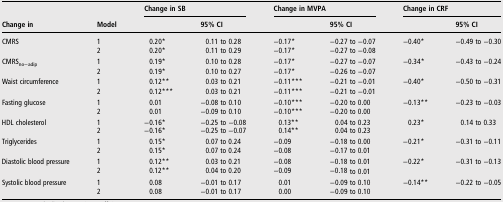
<table><thead><tr><td></td><td></td><td colspan="2"><b>Change in SB</b></td><td colspan="2"><b>Change in MVPA</b></td><td colspan="2"><b>Change in CRF</b></td></tr><tr><td><b>Change in</b></td><td><b>Model</b></td><td></td><td><b>95% CI</b></td><td></td><td><b>95% CI</b></td><td></td><td><b>95% CI</b></td></tr></thead><tbody><tr><td rowspan="2">CMRS</td><td>1</td><td>0.20*</td><td>0.11 to 0.28</td><td>−0.17*</td><td>−0.27 to −0.07</td><td>−0.40*</td><td>−0.49 to −0.30</td></tr><tr><td>2</td><td>0.20*</td><td>0.11 to 0.29</td><td>−0.17*</td><td>−0.27 to −0.08</td><td></td><td></td></tr><tr><td rowspan="2">CMRS<sub>no−adip</sub></td><td>1</td><td>0.19*</td><td>0.10 to 0.28</td><td>−0.17*</td><td>−0.27 to −0.07</td><td>−0.34*</td><td>−0.43 to −0.24</td></tr><tr><td>2</td><td>0.19*</td><td>0.10 to 0.27</td><td>−0.17*</td><td>−0.26 to −0.07</td><td></td><td></td></tr><tr><td rowspan="2">Waist circumference</td><td>1</td><td>0.12**</td><td>0.03 to 0.21</td><td>−0.11***</td><td>−0.21 to −0.01</td><td>−0.40*</td><td>−0.50 to −0.31</td></tr><tr><td>2</td><td>0.12***</td><td>0.03 to 0.21</td><td>−0.11***</td><td>−0.21 to −0.01</td><td></td><td></td></tr><tr><td rowspan="2">Fasting glucose</td><td>1</td><td>0.01</td><td>−0.08 to 0.10</td><td>−0.10***</td><td>−0.20 to 0.00</td><td>−0.13**</td><td>−0.23 to −0.03</td></tr><tr><td>2</td><td>0.01</td><td>−0.09 to 0.10</td><td>−0.10***</td><td>−0.20 to 0.00</td><td></td><td></td></tr><tr><td rowspan="2">HDL cholesterol</td><td>1</td><td>−0.16*</td><td>−0.25 to −0.08</td><td>0.13**</td><td>0.04 to 0.23</td><td>0.23*</td><td>0.14 to 0.33</td></tr><tr><td>2</td><td>−0.16*</td><td>−0.25 to −0.07</td><td>0.14**</td><td>0.04 to 0.23</td><td></td><td></td></tr><tr><td rowspan="2">Triglycerides</td><td>1</td><td>0.15*</td><td>0.07 to 0.24</td><td>−0.09</td><td>−0.18 to 0.00</td><td>−0.21*</td><td>−0.31 to −0.11</td></tr><tr><td>2</td><td>0.15*</td><td>0.07 to 0.24</td><td>−0.08</td><td>−0.17 to 0.01</td><td></td><td></td></tr><tr><td rowspan="2">Diastolic blood pressure</td><td>1</td><td>0.12**</td><td>0.03 to 0.21</td><td>−0.08</td><td>−0.18 to 0.01</td><td>−0.22*</td><td>−0.31 to −0.13</td></tr><tr><td>2</td><td>0.12**</td><td>0.04 to 0.20</td><td>−0.09</td><td>−0.18 to 0.01</td><td></td><td></td></tr><tr><td rowspan="2">Systolic blood pressure</td><td>1</td><td>0.08</td><td>−0.01 to 0.17</td><td>0.01</td><td>−0.09 to 0.10</td><td>−0.14**</td><td>−0.22 to −0.05</td></tr><tr><td>2</td><td>0.08</td><td>−0.01 to 0.17</td><td>0.00</td><td>−0.09 to 0.10</td><td></td><td></td></tr></tbody></table>